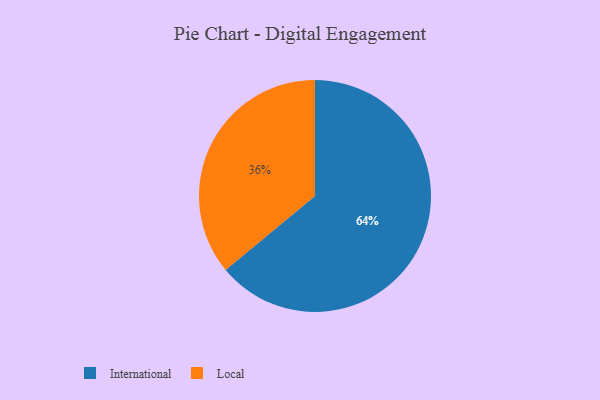
{"axis": {"x": "Category", "y": "Percentage"}, "legend": ["International", "Local"], "data": [{"x": "Local", "y": 36, "type": "Local"}, {"x": "International", "y": 64, "type": "International"}]}